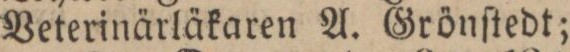
Veterinärläkaren A. Grönſtedt;